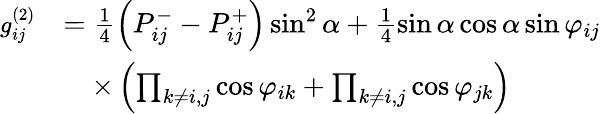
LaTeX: \begin{array}{rl}{\small g_{ij}^{(2)}}&{=\frac{1}{4}\left(P_{ij}^{-}-P_{ij}^{+}\right)\sin^{2}\alpha+\frac{1}{4}\sin\alpha\cos\alpha\sin\varphi_{ij}}\\ &{\quad\times\left(\prod_{k\neq i,j}\cos\varphi_{ik}+\prod_{k\neq i,j}\cos\varphi_{jk}\right)}\end{array}